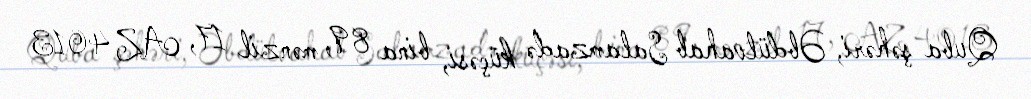
Quba şəhəri, Əbdülvahab Salamzadə küçəsi, bina 89, mənzil 17, AZ 4013